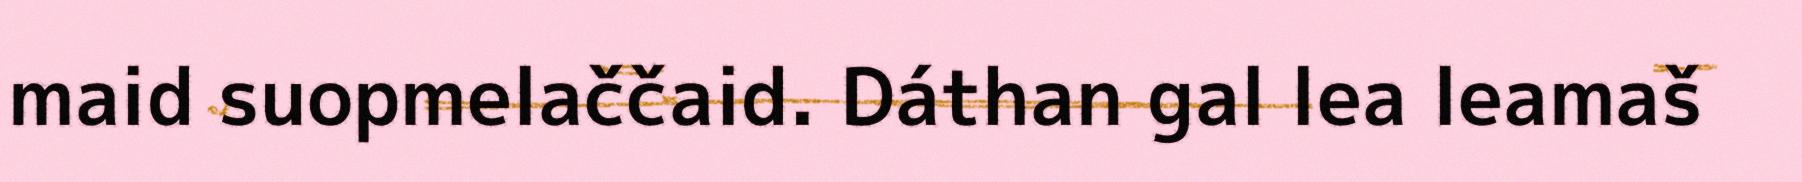
maid suopmelaččaid. Dáthan gal lea leamaš